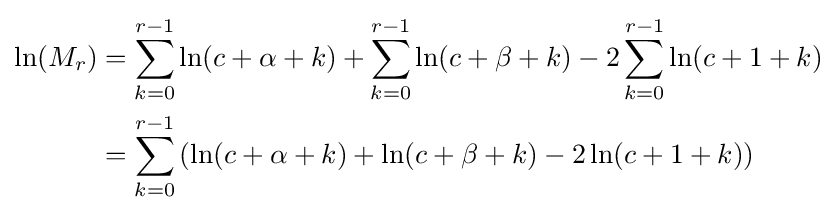
{\begin{aligned}\ln(M_{r})&=\sum _{k=0}^{r-1}\ln(c+\alpha +k)+\sum _{k=0}^{r-1}\ln(c+\beta +k)-2\sum _{k=0}^{r-1}\ln(c+1+k)\\&=\sum _{k=0}^{r-1}\left(\ln(c+\alpha +k)+\ln(c+\beta +k)-2\ln(c+1+k)\right)\end{aligned}}